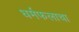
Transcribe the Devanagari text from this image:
धर्मफलाचा